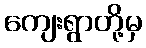
ကျေးရွာတို့မှ